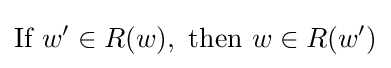
{\textrm {If}}~w'\in R(w),~{\textrm {then}}~w\in R(w')